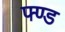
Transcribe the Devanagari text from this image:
फ्ण्ड